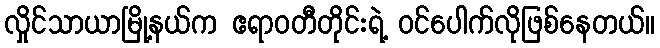
လှိုင်သာယာမြို့နယ်က ဧရာဝတီတိုင်းရဲ့ ဝင်ပေါက်လိုဖြစ်နေတယ်။